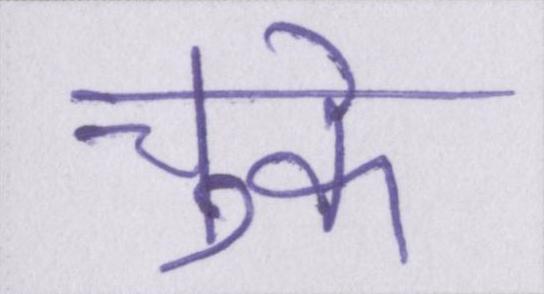
चुके